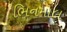
ભિનમાલ